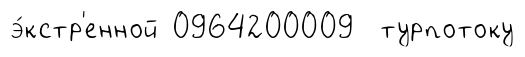
э́кстр'енной 0964200009 турпотоку